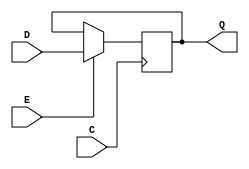
module SB_DFFNE (output Q, input C, E, D);
	reg Q = 0;
	always @(negedge C)
		if (E)
			Q <= D;
endmodule